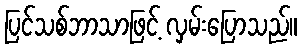
ပြင်သစ်ဘာသာဖြင့် လှမ်းပြောသည်။